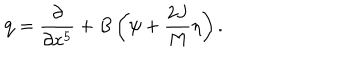
{ \bf q } = { \frac { \partial } { \partial x ^ { 5 } } } + B \left( \psi + { \frac { 2 J } { M } } \eta \right) .